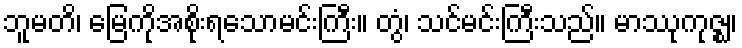
ဘူမတိ၊ မြေကိုအစိုးရသောမင်းကြီး။ တွံ၊ သင်မင်းကြီးသည်။ မာဿုကုဇ္ဈ၊